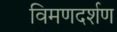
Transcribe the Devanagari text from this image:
विमणदर्शण